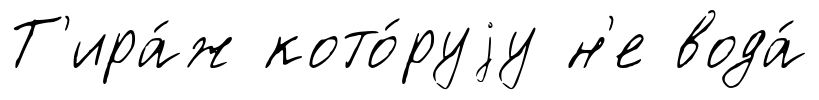
Т'ира́ж кото́руjу н'е вода́